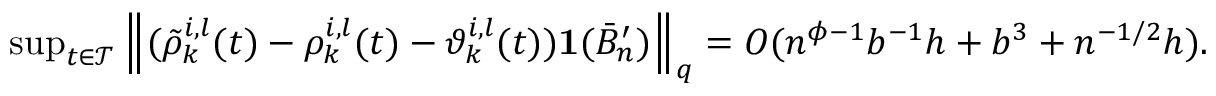
\begin{array} { r l } & { \operatorname* { s u p } _ { t \in \mathcal { T } } \left\| ( \tilde { \rho } _ { k } ^ { i , l } ( t ) - \rho _ { k } ^ { i , l } ( t ) - \vartheta _ { k } ^ { i , l } ( t ) ) \mathbf 1 ( \bar { B } _ { n } ^ { \prime } ) \right\| _ { q } = O ( n ^ { \phi - 1 } b ^ { - 1 } h + b ^ { 3 } + n ^ { - 1 / 2 } h ) . } \end{array}